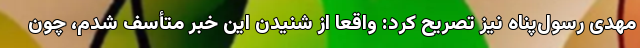
مهدی رسول‌پناه نیز تصریح کرد: واقعا از شنیدن این خبر متأسف شدم، چون